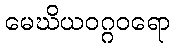
မေဃိယဝဂ္ဂဝရော